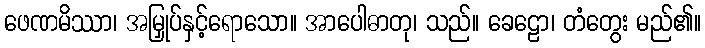
ဖေဏမိဿာ၊ အမြှုပ်နှင့်ရောသော။ အာပေါဓာတု၊ သည်။ ခေဠော၊ တံတွေး မည်၏။